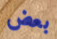
بعض